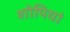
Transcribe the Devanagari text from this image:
शोपियां